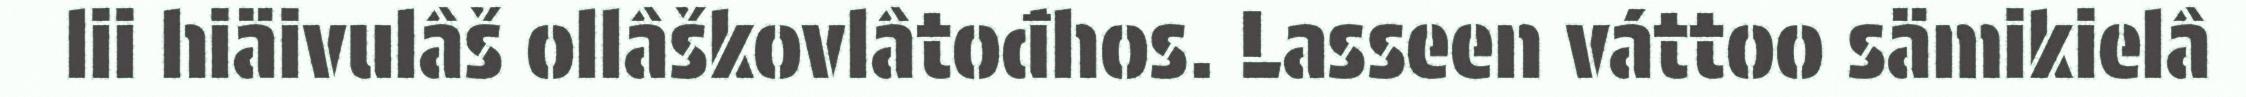
lii hiäivulâš ollâškovlâtođhos. Lasseen váttoo sämikielâ